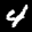
Label: 4